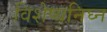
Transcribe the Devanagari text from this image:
विशेष्यनिघ्न